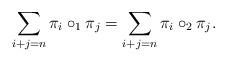
LaTeX: \begin{align*}\sum_{i+j = n } \pi_i \circ_1 \pi_j = \sum_{i+j = n} \pi_i \circ_2 \pi_j.\end{align*}